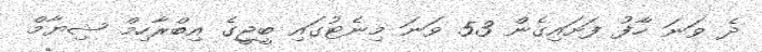
ދެ ވަނަ ހާފު ފަށައިގެން 53 ވަނަ މިނެޓުގައި ބީޖީގެ އިބްރާހިމް ޝިޔާމް